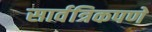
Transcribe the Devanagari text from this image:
सार्वत्रिकपणे